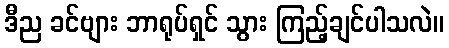
ဒီည ခင်ဗျား ဘာရုပ်ရှင် သွား ကြည့်ချင်ပါသလဲ။